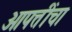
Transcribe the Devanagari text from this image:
आपत्तींचा